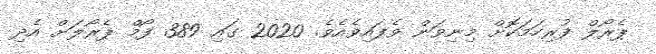
ޕެރޯލް ފުރިހަމަކޮށް މިނިވަން ވެފައިވެއެވެ. 2020 ގައި 389 ފޯމް ޕެރޯލަށް އެދި